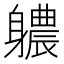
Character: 𮜻